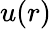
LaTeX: u(r)